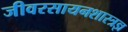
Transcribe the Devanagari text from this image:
जीवरसायनशास्त्रज्ञ